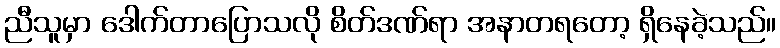
ညီသူမှာ ဒေါက်တာပြောသလို စိတ်ဒဏ်ရာ အနာတရတော့ ရှိနေခဲ့သည်။